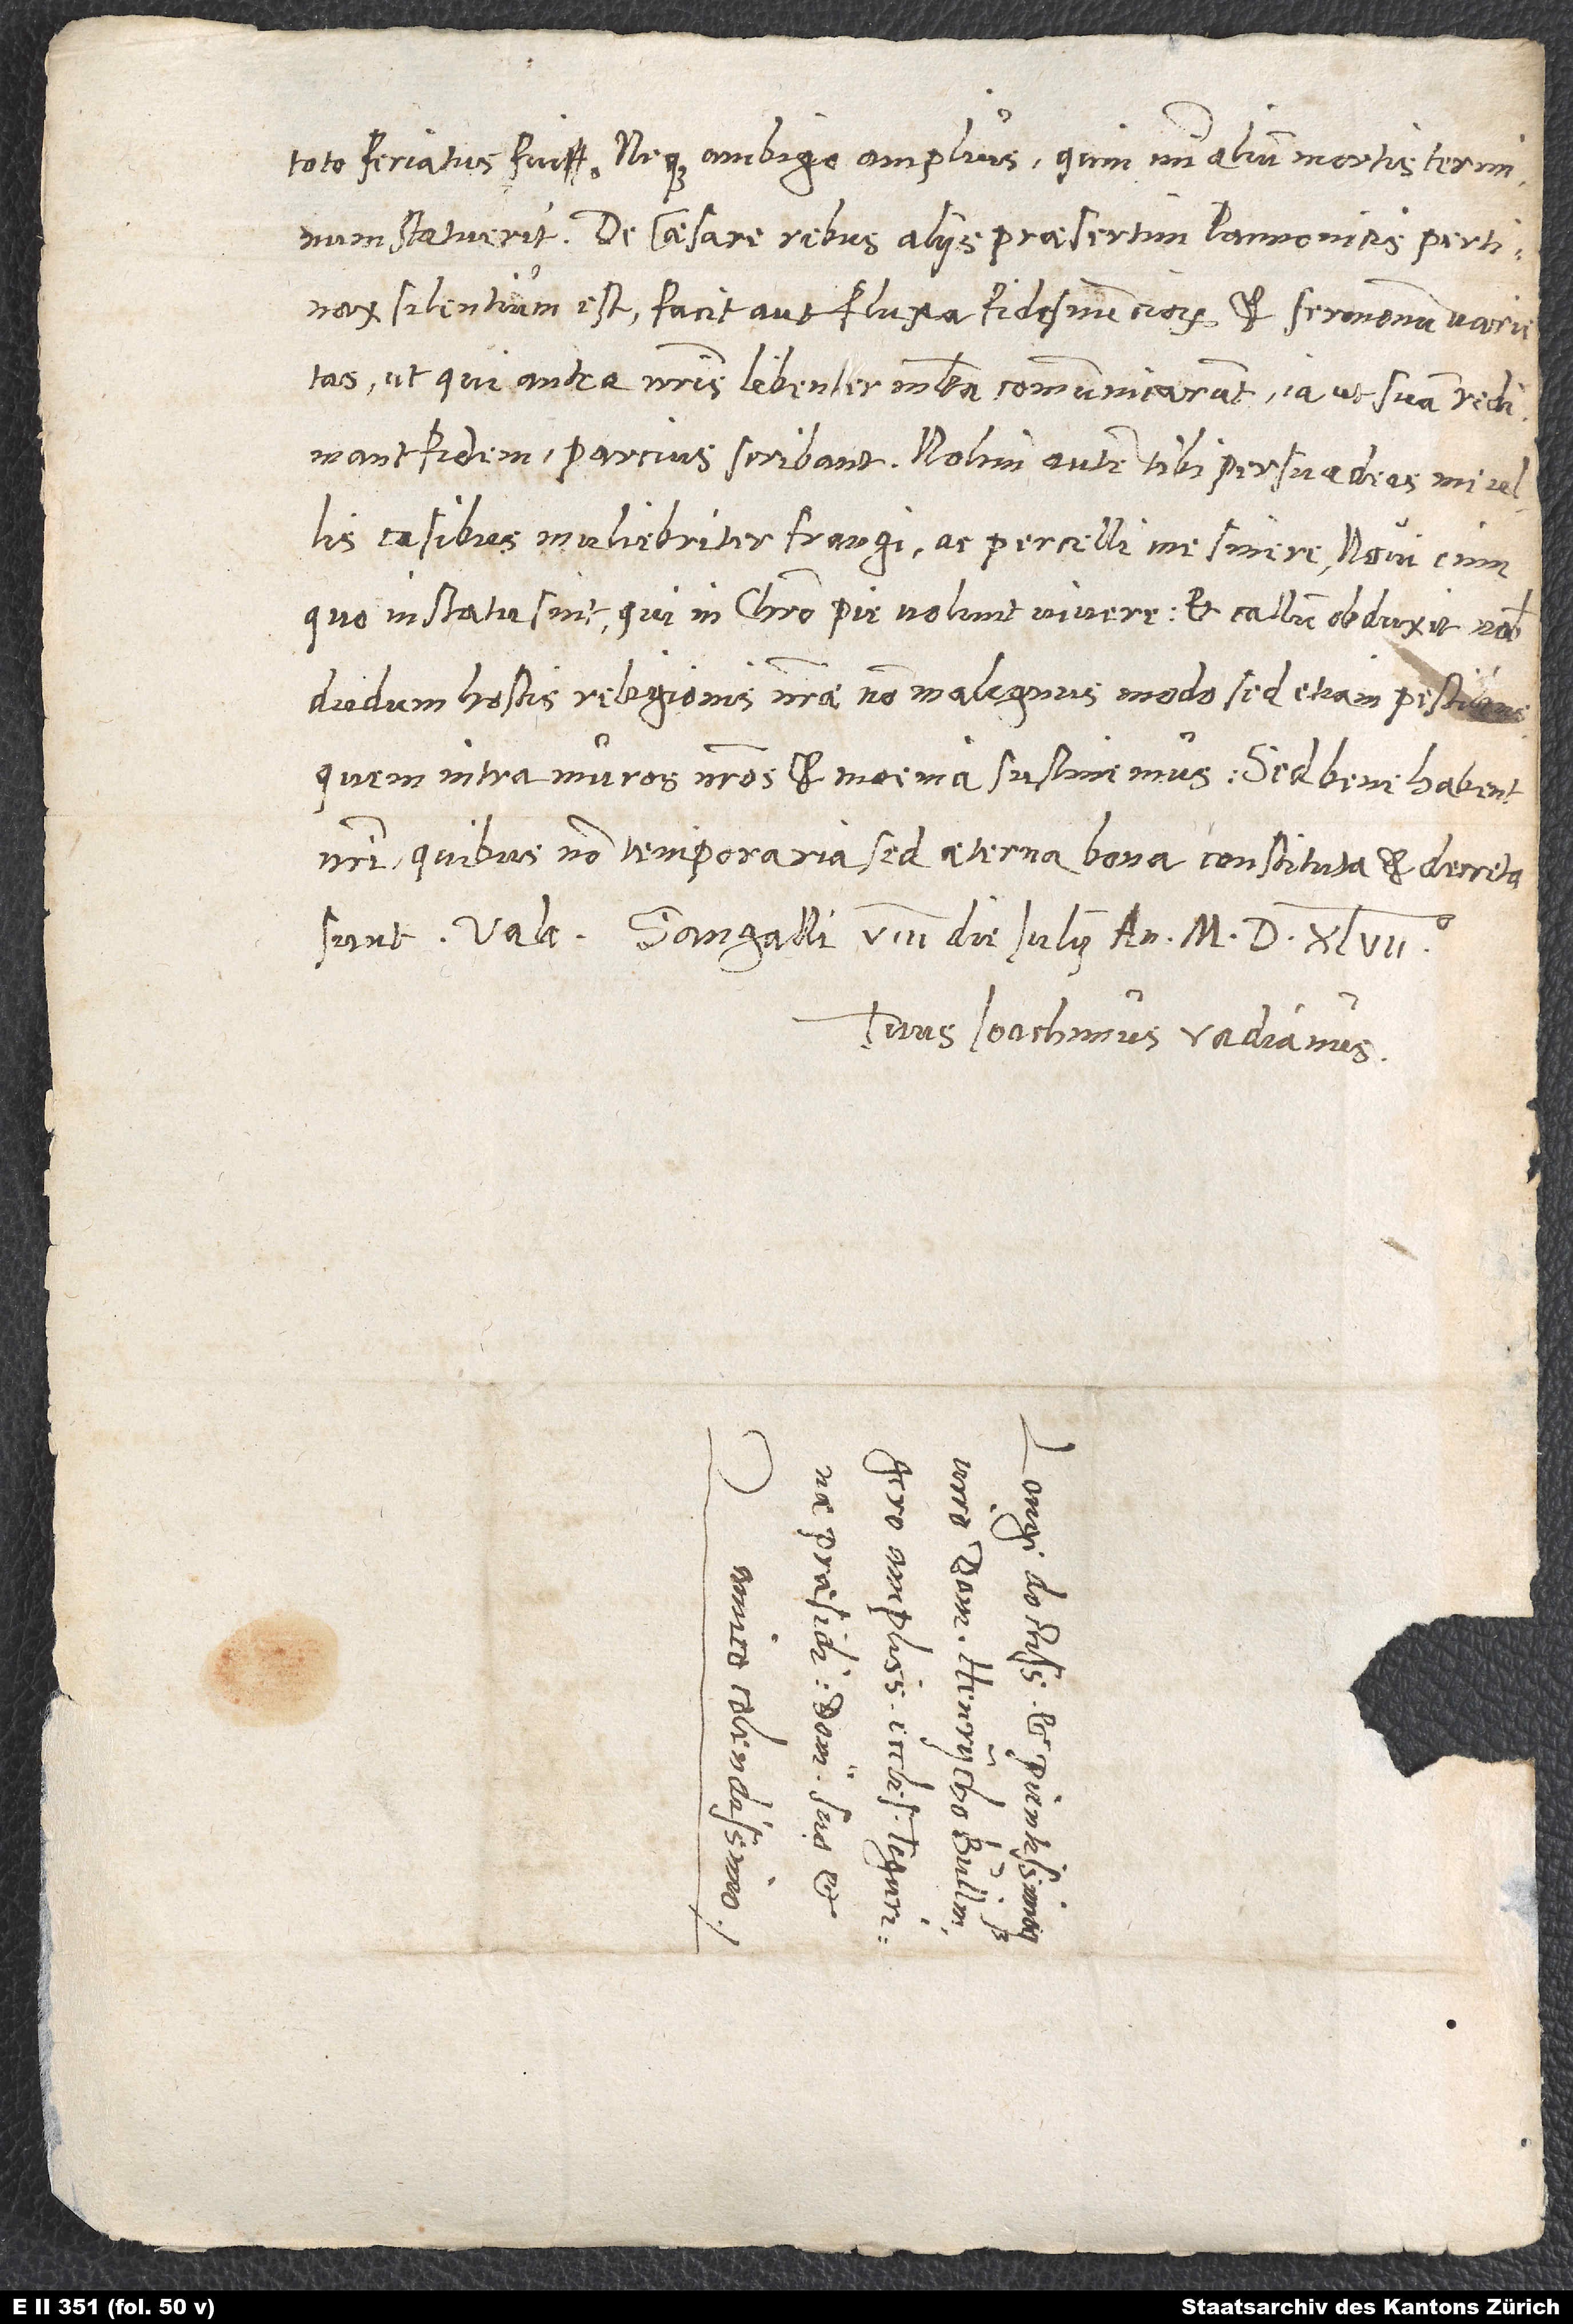
toto feriatus fui, neque ambigo amplius, quin mihi alium mortis terminum
caesare, rebus aliis, praesertim Pannonicis, pertinax
silentium est. Facit aut fluxa fides nunciorum et sermonum varietas,
ut, qui antea nostris libenter multa communicarant, iam, ut suam redimant
fidem, parcius scribant. Nolim autem, tibi persuadeas, me ullis
casibus muliebriter frangi ac percelli me sinere. Novi enim,
quo in statu sint, qui in Christo pie volunt vivere, et callum obduxit nobis
dudum hostis religionis nostrae non malignus modo, sed etiam pestilens,
quem intra muros nostros et moenia sustinemus. Sed bene habent
nostri, quibus non temporaria, sed aeterna bona constituta et decreta
Sangalli, 8. die iulii, anno 1547.
Tuus Ioachimus Vadianus.
S.